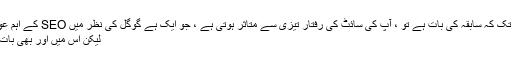
جب تک کہ سابقہ ​​کی بات ہے تو ، آپ کی سائٹ کی رفتار تیزی سے متاثر ہوتی ہے ، جو ایک ہے گوگل کی نظر میں SEO کے اہم عوامل.
لیکن اس میں اور بھی بات ہے۔